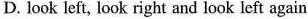
D. look left, look right and look left again